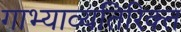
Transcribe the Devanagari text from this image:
गाभ्याव्यतिरिक्त